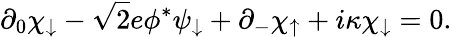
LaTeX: \partial_{0}\chi_{\downarrow}-\sqrt{2}e\phi^{*}\psi_{\downarrow}+\partial_{-}\chi_{\uparrow}+i\kappa\chi_{\downarrow}=0.